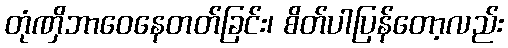
တုံဏှိဘာဝေနေတတ်ခြင်း၊ စိတ်ပါပြန်တော့လည်း